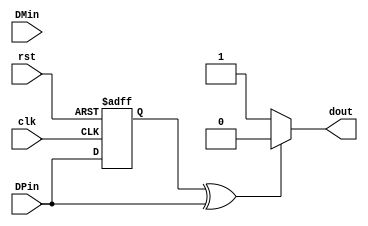
`timescale 1ns / 1ps
//////////////////////////////////////////////////////////////////////////////////
// Company: 
// Engineer: 
// 
// Design Name: 
// Module Name: nrzi_decoder
// Project Name: 
// Target Devices: 
// Tool Versions: 
// Description: 
// 
// Dependencies: 
// 
// Revision:
// Revision 0.01 - File Created
// Additional Comments:
// 
//////////////////////////////////////////////////////////////////////////////////

//Finalised
module nrzi_decoder(input clk,rst,DPin,DMin, output dout);
    reg prev_DP;
    assign dout = (DPin == 1'b0 || DPin == 1'b1)? ((prev_DP ^ DPin == 1'b1)? 1'b0 : 1'b1 ) : 1'bx ;
//    assign prev_DP = (!rst)? 1'b0 : DPin ;
//    always@(posedge clk,negedge rst)
//      begin
//        if(!rst)
//            begin
//            prev_DP<=1'b0;
//            //dout = 1'b0 ;
//            //prev_DM<=1'b1;
//            end
//        else if (DPin == 1'b0 || DPin == 1'b1)
//            begin
//              if (prev_DP ^ DPin == 1'b1) //If transition has occured
//                dout = 1'b0;
//              else
//                dout = 1'b1;   
//              prev_DP=DPin ;
//            end
//        else
//           dout = 1'bx ;       
//      end
      
      always@(posedge clk,negedge rst)
      begin
        if(!rst)
          begin
           prev_DP <= 1'b0;
          end
        else
           prev_DP <= DPin ;  
      end   
endmodule